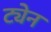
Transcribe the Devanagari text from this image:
ट्येन